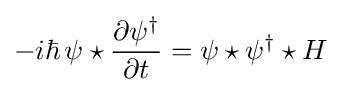
-i\hbar \,\psi \star {\frac {\partial \psi ^{\dagger }}{\partial t}}=\psi \star \psi ^{\dagger }\star H